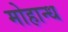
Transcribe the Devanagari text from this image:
मोहान्ध